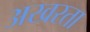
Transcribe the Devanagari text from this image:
अखरता